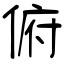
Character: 俯